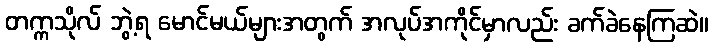
တက္ကသိုလ် ဘွဲ့ရ မောင်မယ်များအတွက် အလုပ်အကိုင်မှာလည်း ခက်ခဲနေကြဆဲ။